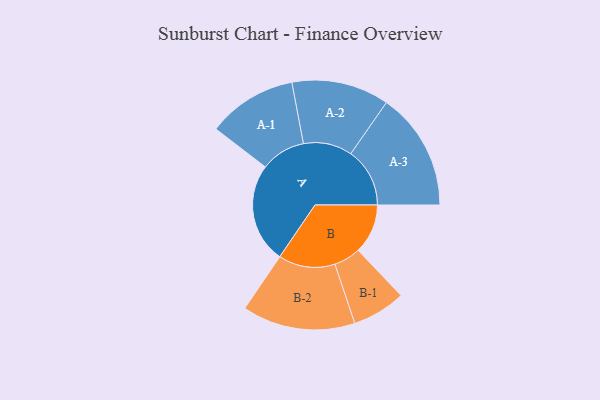
{"axis": {"x": "Segment", "y": "Value"}, "legend": ["", "A", "B"], "data": [{"x": "A", "y": 448, "type": ""}, {"x": "B", "y": 223, "type": ""}, {"x": "A-1", "y": 201, "type": "A"}, {"x": "A-2", "y": 219, "type": "A"}, {"x": "A-3", "y": 265, "type": "A"}, {"x": "B-1", "y": 120, "type": "B"}, {"x": "B-2", "y": 254, "type": "B"}]}